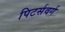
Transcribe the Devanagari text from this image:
पिटर्सवर्ग